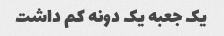
یک جعبه یک دونه کم داشت